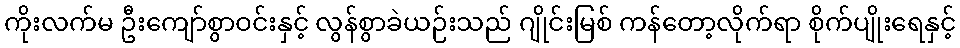
ကိုးလက်မ ဦးကျော်စွာဝင်းနှင့် လွန်စွာခဲယဉ်းသည် ဂျိုင်းမြစ် ကန်တော့လိုက်ရာ စိုက်ပျိုးရေနှင့်